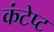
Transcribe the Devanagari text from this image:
कंटेप्ट